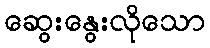
ဆွေးနွေးလိုသော